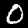
Label: 0